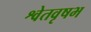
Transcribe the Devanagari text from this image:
श्वेतवृषभ